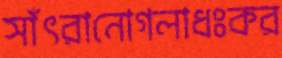
সাঁৎরানোগলাধঃকর